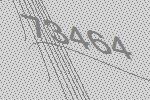
73464